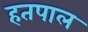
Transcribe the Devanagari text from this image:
हतपाल